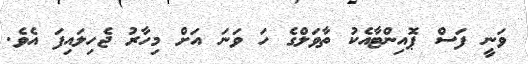
ވަނީ ފަސް ޕޮއިންޓާއެކު ތާވަލްގެ ހަ ވަނަ އަށް މިހާރު ޖެހިލައިފަ އެވެ.